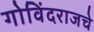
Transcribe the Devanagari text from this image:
गोविंदराजचे